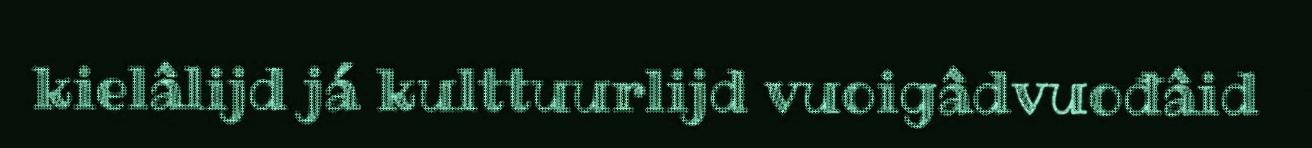
kielâlijd já kulttuurlijd vuoigâdvuođâid